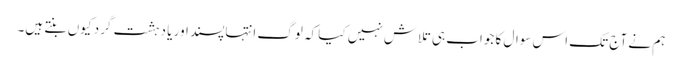
ہم نے آج تک اس سوال کا جواب ہی تلاش نہیں کیا کہ لوگ انتہاپسند اور یا دہشت گرد کیوں بنتے ہیں۔